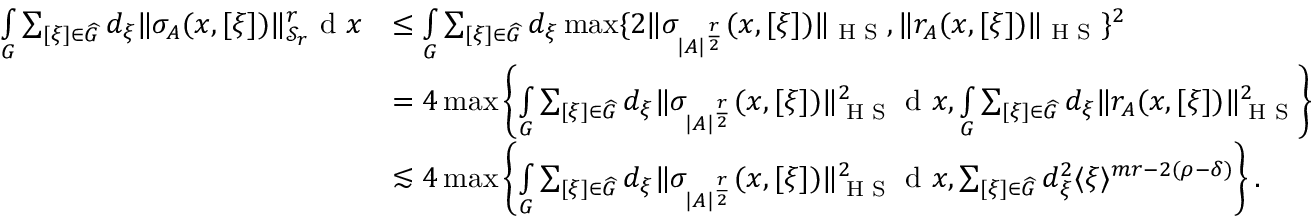
\begin{array} { r l } { \smallint _ { G } \sum _ { [ \xi ] \in \widehat { G } } d _ { \xi } \Vert \sigma _ { A } ( x , [ \xi ] ) \Vert _ { \mathscr { S } _ { r } } ^ { r } \textnormal { d } x } & { \leq \smallint _ { G } \sum _ { [ \xi ] \in \widehat { G } } d _ { \xi } \operatorname* { m a x } \{ 2 \Vert \sigma _ { | A | ^ { \frac { r } { 2 } } } ( x , [ \xi ] ) \Vert _ { \textnormal { H S } } , \Vert r _ { A } ( x , [ \xi ] ) \Vert _ { \textnormal { H S } } \} ^ { 2 } } \\ & { = 4 \operatorname* { m a x } \left\{ \smallint _ { G } \sum _ { [ \xi ] \in \widehat { G } } d _ { \xi } \Vert \sigma _ { | A | ^ { \frac { r } { 2 } } } ( x , [ \xi ] ) \Vert _ { \textnormal { H S } } ^ { 2 } \textnormal { d } x , \smallint _ { G } \sum _ { [ \xi ] \in \widehat { G } } d _ { \xi } \Vert r _ { A } ( x , [ \xi ] ) \Vert _ { \textnormal { H S } } ^ { 2 } \right\} } \\ & { \lesssim 4 \operatorname* { m a x } \left\{ \smallint _ { G } \sum _ { [ \xi ] \in \widehat { G } } d _ { \xi } \Vert \sigma _ { | A | ^ { \frac { r } { 2 } } } ( x , [ \xi ] ) \Vert _ { \textnormal { H S } } ^ { 2 } \textnormal { d } x , \sum _ { [ \xi ] \in \widehat { G } } d _ { \xi } ^ { 2 } \langle \xi \rangle ^ { m r - 2 ( \rho - \delta ) } \right\} . } \end{array}